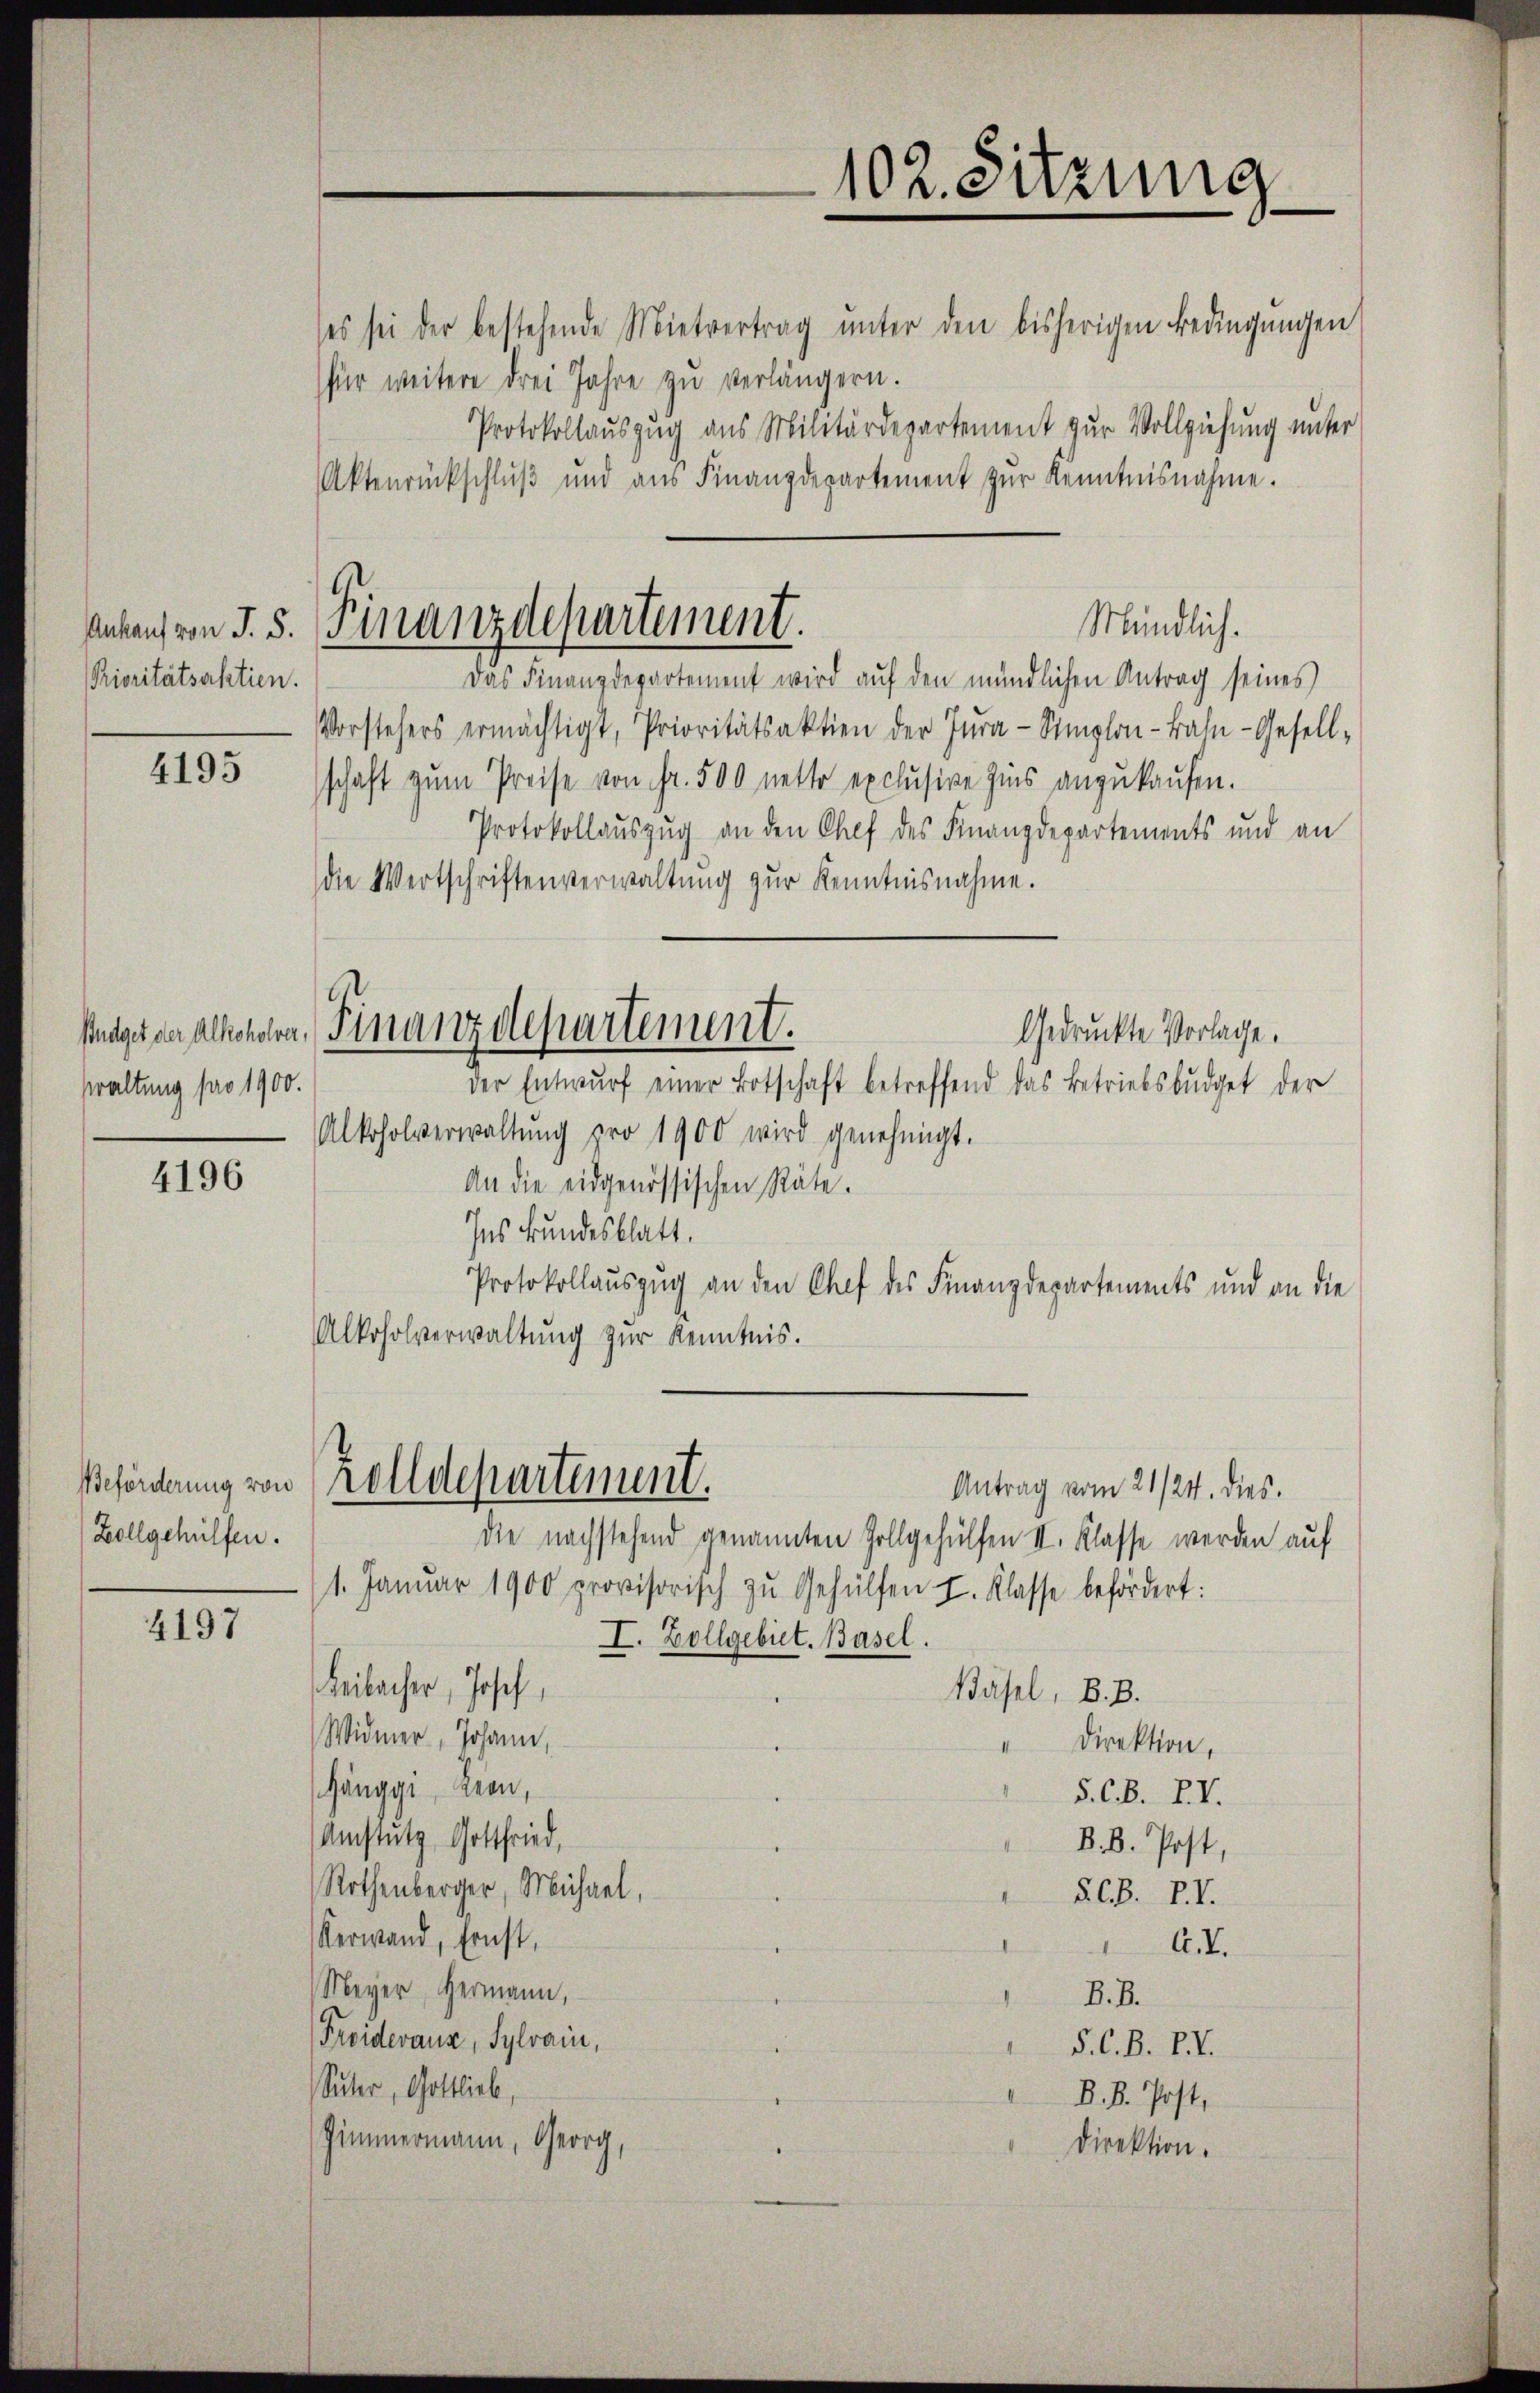
102. Sitzung

ses sei der bestehende Mietvertrag ŭnter den bisherigen Bedingungen
für weitere drei Jahre zŭ verlängern.
Protokollauszug aus Militärdepartement zur Vollziehung unter
Aktenrückschlŭβ und ans Finanzdepartement zŭr Kenntnisnahme.
Das Finanzdepartement wird auf den mündlichen Antrag seines
Vorstehers ermächtigt, Prioritätsaktien der Jŭra-Simplon-Bahn-Gesell-
schaft zum Preise von Fr. 500 netto exclusive Zins anzukaufen.
Protokollauszug an den Chef des Finanzdepartements und an
die Wertschriftenverwaltung zur Kenntnisnahme.
sndges der ackenden, Finanzdepartement.
Gedruckte Vorlage.
der Entwŭrf einer Botschaft betreffend das Betriebsbŭdget der
Alkoholverwaltŭng pro 1900 wird genehmigt.
An die eidgenössischen Räte.
Ins Bundesblatt.
Protokollauszug an den Chef des Finanzdepartements und an die
Alkoholverwaltung zŭr Kenntnis.

Mündlich.
Finanzdepartement.

Ankauf von J. S.
Prioritätsaktien.

4195

waltung pro 1900.

4196

Beförderung von Zolldepartement.

Zollgehülfen.

Antrag vom 21/24. dies
die nachstehend genannten Zollgehülfen II. Klasse werden auf
1. Januar 1900 provisorisch zu Gehülfen I. Klasse befördert:
I. Zollgebiet. Basel.
Leibacher, Josef,
Bäsel, B. B.
Widmer, Johann,
" Direktion,
Hänggi Leon,
S. CB. IV.
Amstutz, Gottfried,
B. B. Post,
Rothenberger, Michael,
SCB. PI.
Verwand, Ernst,
A.I.
Meyer, Hermann,
B.B.
Froideraus, Sylrain,
S. C. B. IV.
Suter, Gottlieb,
B. B. Post,
Zimmermann, Georg,
Direktion.

4197